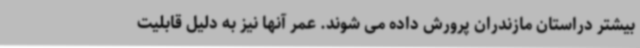
بیشتر دراستان مازندران پرورش داده می شوند. عمر آنها نیز به دلیل قابلیت